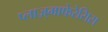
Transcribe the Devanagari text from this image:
प्लाज़्माफेरेसिस